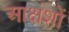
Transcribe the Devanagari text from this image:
आक्षंशों